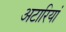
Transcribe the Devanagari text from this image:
अटारियां